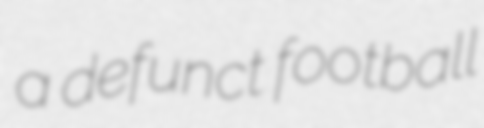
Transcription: a defunct football